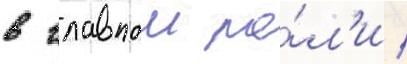
в главнои ро́л'и /